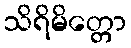
သိရိမိတ္တော